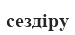
сездіру